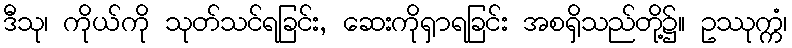
ဒီသု၊ ကိုယ်ကို သုတ်သင်ရခြင်း, ဆေးကိုရှာရခြင်း အစရှိသည်တို့၌။ ဥဿုက္ကံ၊